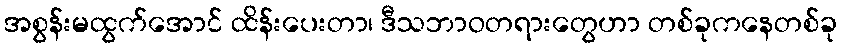
အစွန်းမထွက်အောင် ထိန်းပေးတာ၊ ဒီသဘာဝတရားတွေဟာ တစ်ခုကနေတစ်ခု